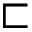
\sqsubset